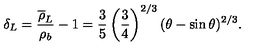
\delta _ { L } = { \frac { \overline { \rho } _ { L } } { \rho _ { b } } } - 1 = { \frac { 3 } { 5 } } \left( { \frac { 3 } { 4 } } \right) ^ { 2 / 3 } ( \theta - \sin \theta ) ^ { 2 / 3 } .